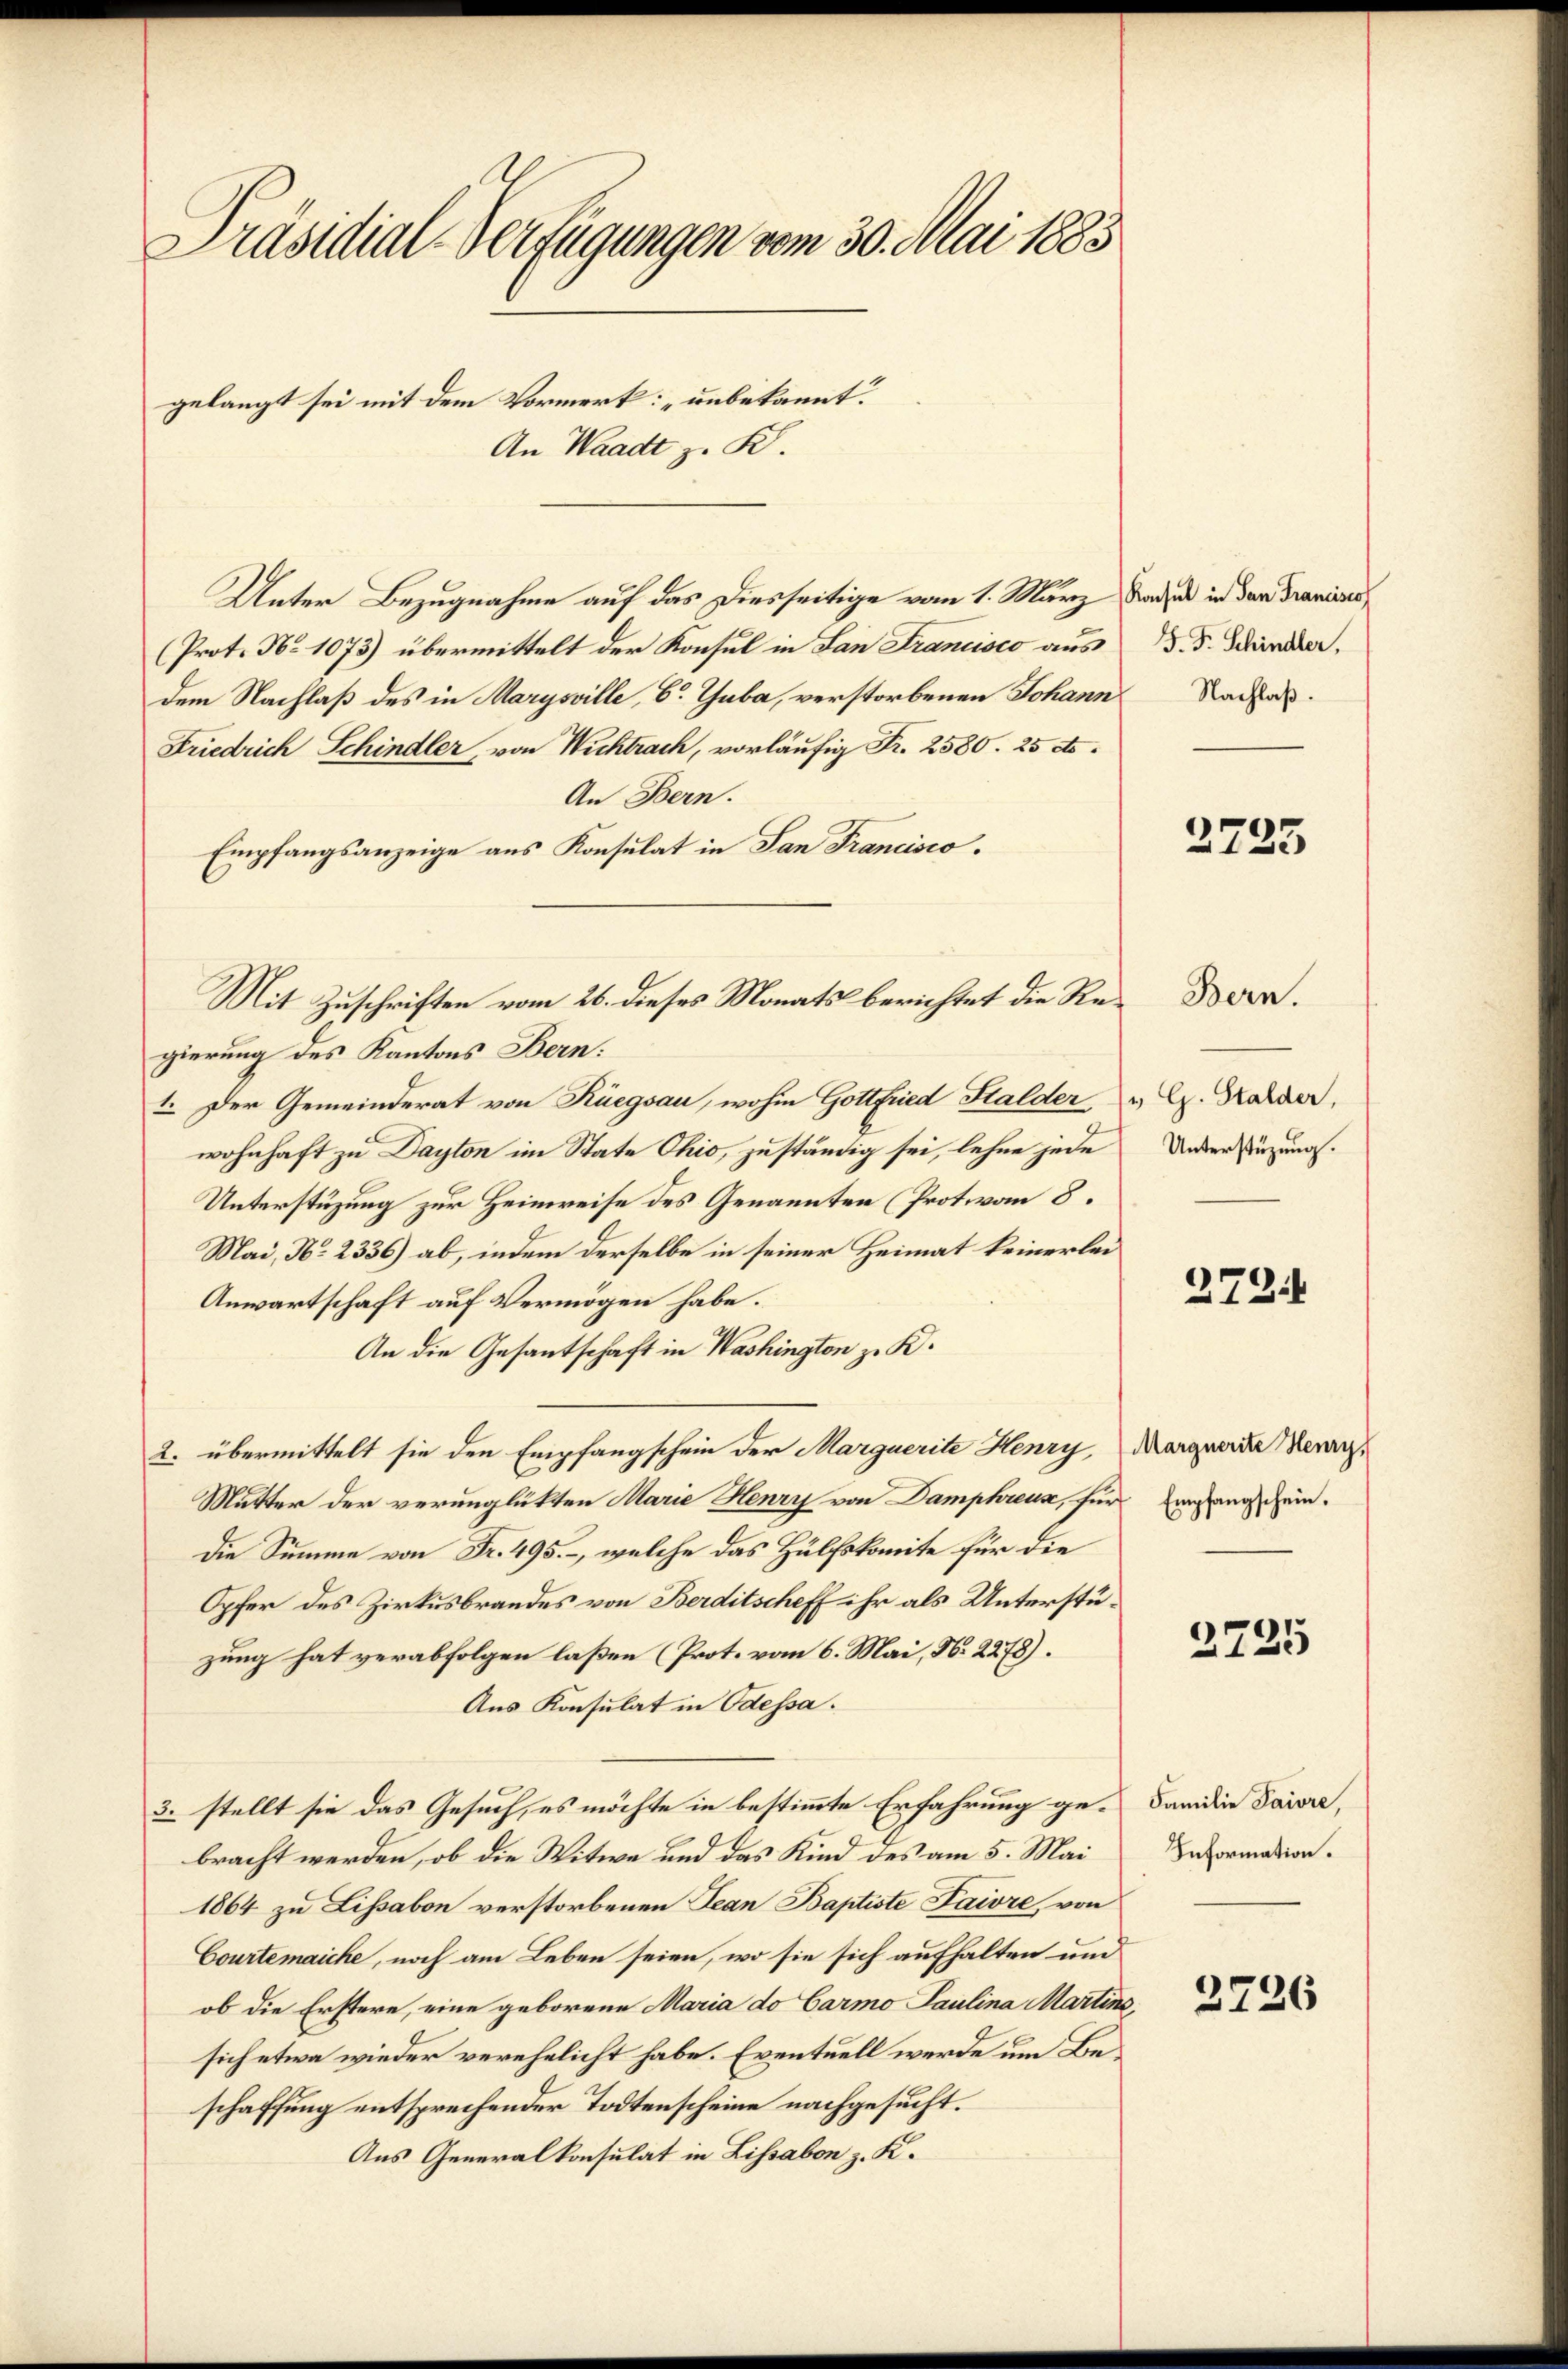
Präsidial-Verfügungen vom 30. Mai 1883
gelangt sei mit dem Vormerk: „unbekannt.
An Waadt z. B.

Unter Bezugnahme auf das Diesseitige vom 1. März Saal in den Graniens
(Prot. No 1073) übermittelt der Konsul in San Francisco aus
dem Nachlaß des in Marysville, C. Guba, verstorbenen Johann
Friedrich Schindler, von Wichtrach, vorläufig Fr. 2580. 25 d.
An Bern.
Empfangsanzeige aus Konsulat in San Francisco.
gierung des Kantons Bern.
1. Der Gemeinderat von Rüegsau, wohin Gottfried Halder,
wohnhaft zu Dayton im State Ohio, zuständig sei, lehne jede
Unterstüzung zur Heimreise des Genannten (Protovon 8.
Mai, No 2336) ab, indem derselbe in seiner Heimat keinerlei
Anwartschaft auf Vermögen habe.
An die Gesantschaft in Washingten zu K.
2. übermittelt sie den Empfangschein der Marquerite Henry, Morgende Verarzt
Mutter der verunglükten Marie Henry von Damphreux, für Eingangschein.
Die Summe von Fr. 495. -, welche das Hülfskomite für die
Opfer des Zirkusbrandes von Berditscheff ihr als Unterstüzung hat verabfolgen laßen (Prot. vom 6. Mai, N. 2278).
Aus Konsulat in Odessa.
3. stellt sie das Gesuch, es möchte in bestimmte Erfahrung gebracht werden, ob die Witwe und das Kind des am 5. Mai
1864 zu Lissabon verstorbenen Jean Baptiste Saire, von
Courtemaiche, noch am Leben seien, wo sie sich aufhalten und
ob die Erstere, eine geborene Maria do Carmo Paulina Martins,
sich etwa wieder verehelicht habe. Eventuell werde um Beschaffung entsprechender Todtenscheine nachgesucht.
Aus Generalkonsulat in Lissabon z. K.

Mit Zuschriften vom 26. dieses Monats berichtet die Re¬

J. F. Schindler,
Nachlaß.

2725

" G. Stalder,
Unterstüzung.

Bern.

272.

2725

Familie Paivre,
Information.

2726